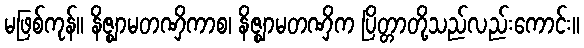
မဖြစ်ကုန်။ နိဇ္ဈာမတဏှိကာစ၊ နိဇ္ဈာမတဏှိက ပြိတ္တာတို့သည်လည်းကောင်း။